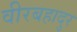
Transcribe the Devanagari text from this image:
वीरबहादुर